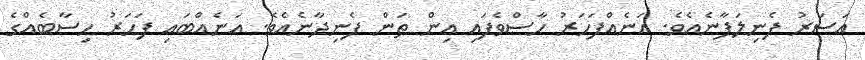
އަސަރު ފެނިލަފާނެއެވެ. އަނެއްފަހަރު ހާސްވެފައި އިން ތަން ފެނިދާނެއެވެ. އަނެއްބައި ފަހަރު ހިސާބެއްގެ